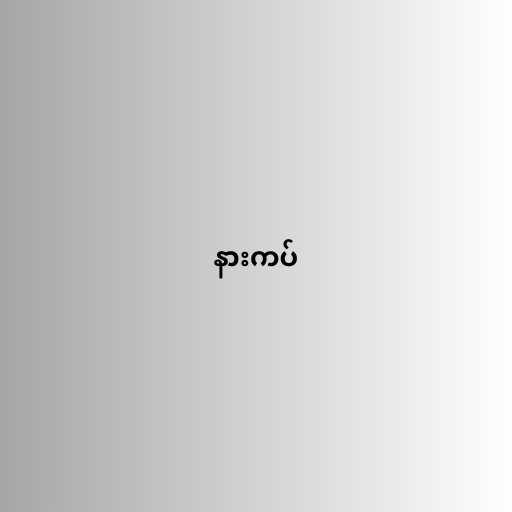
နားကပ်